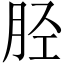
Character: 胫